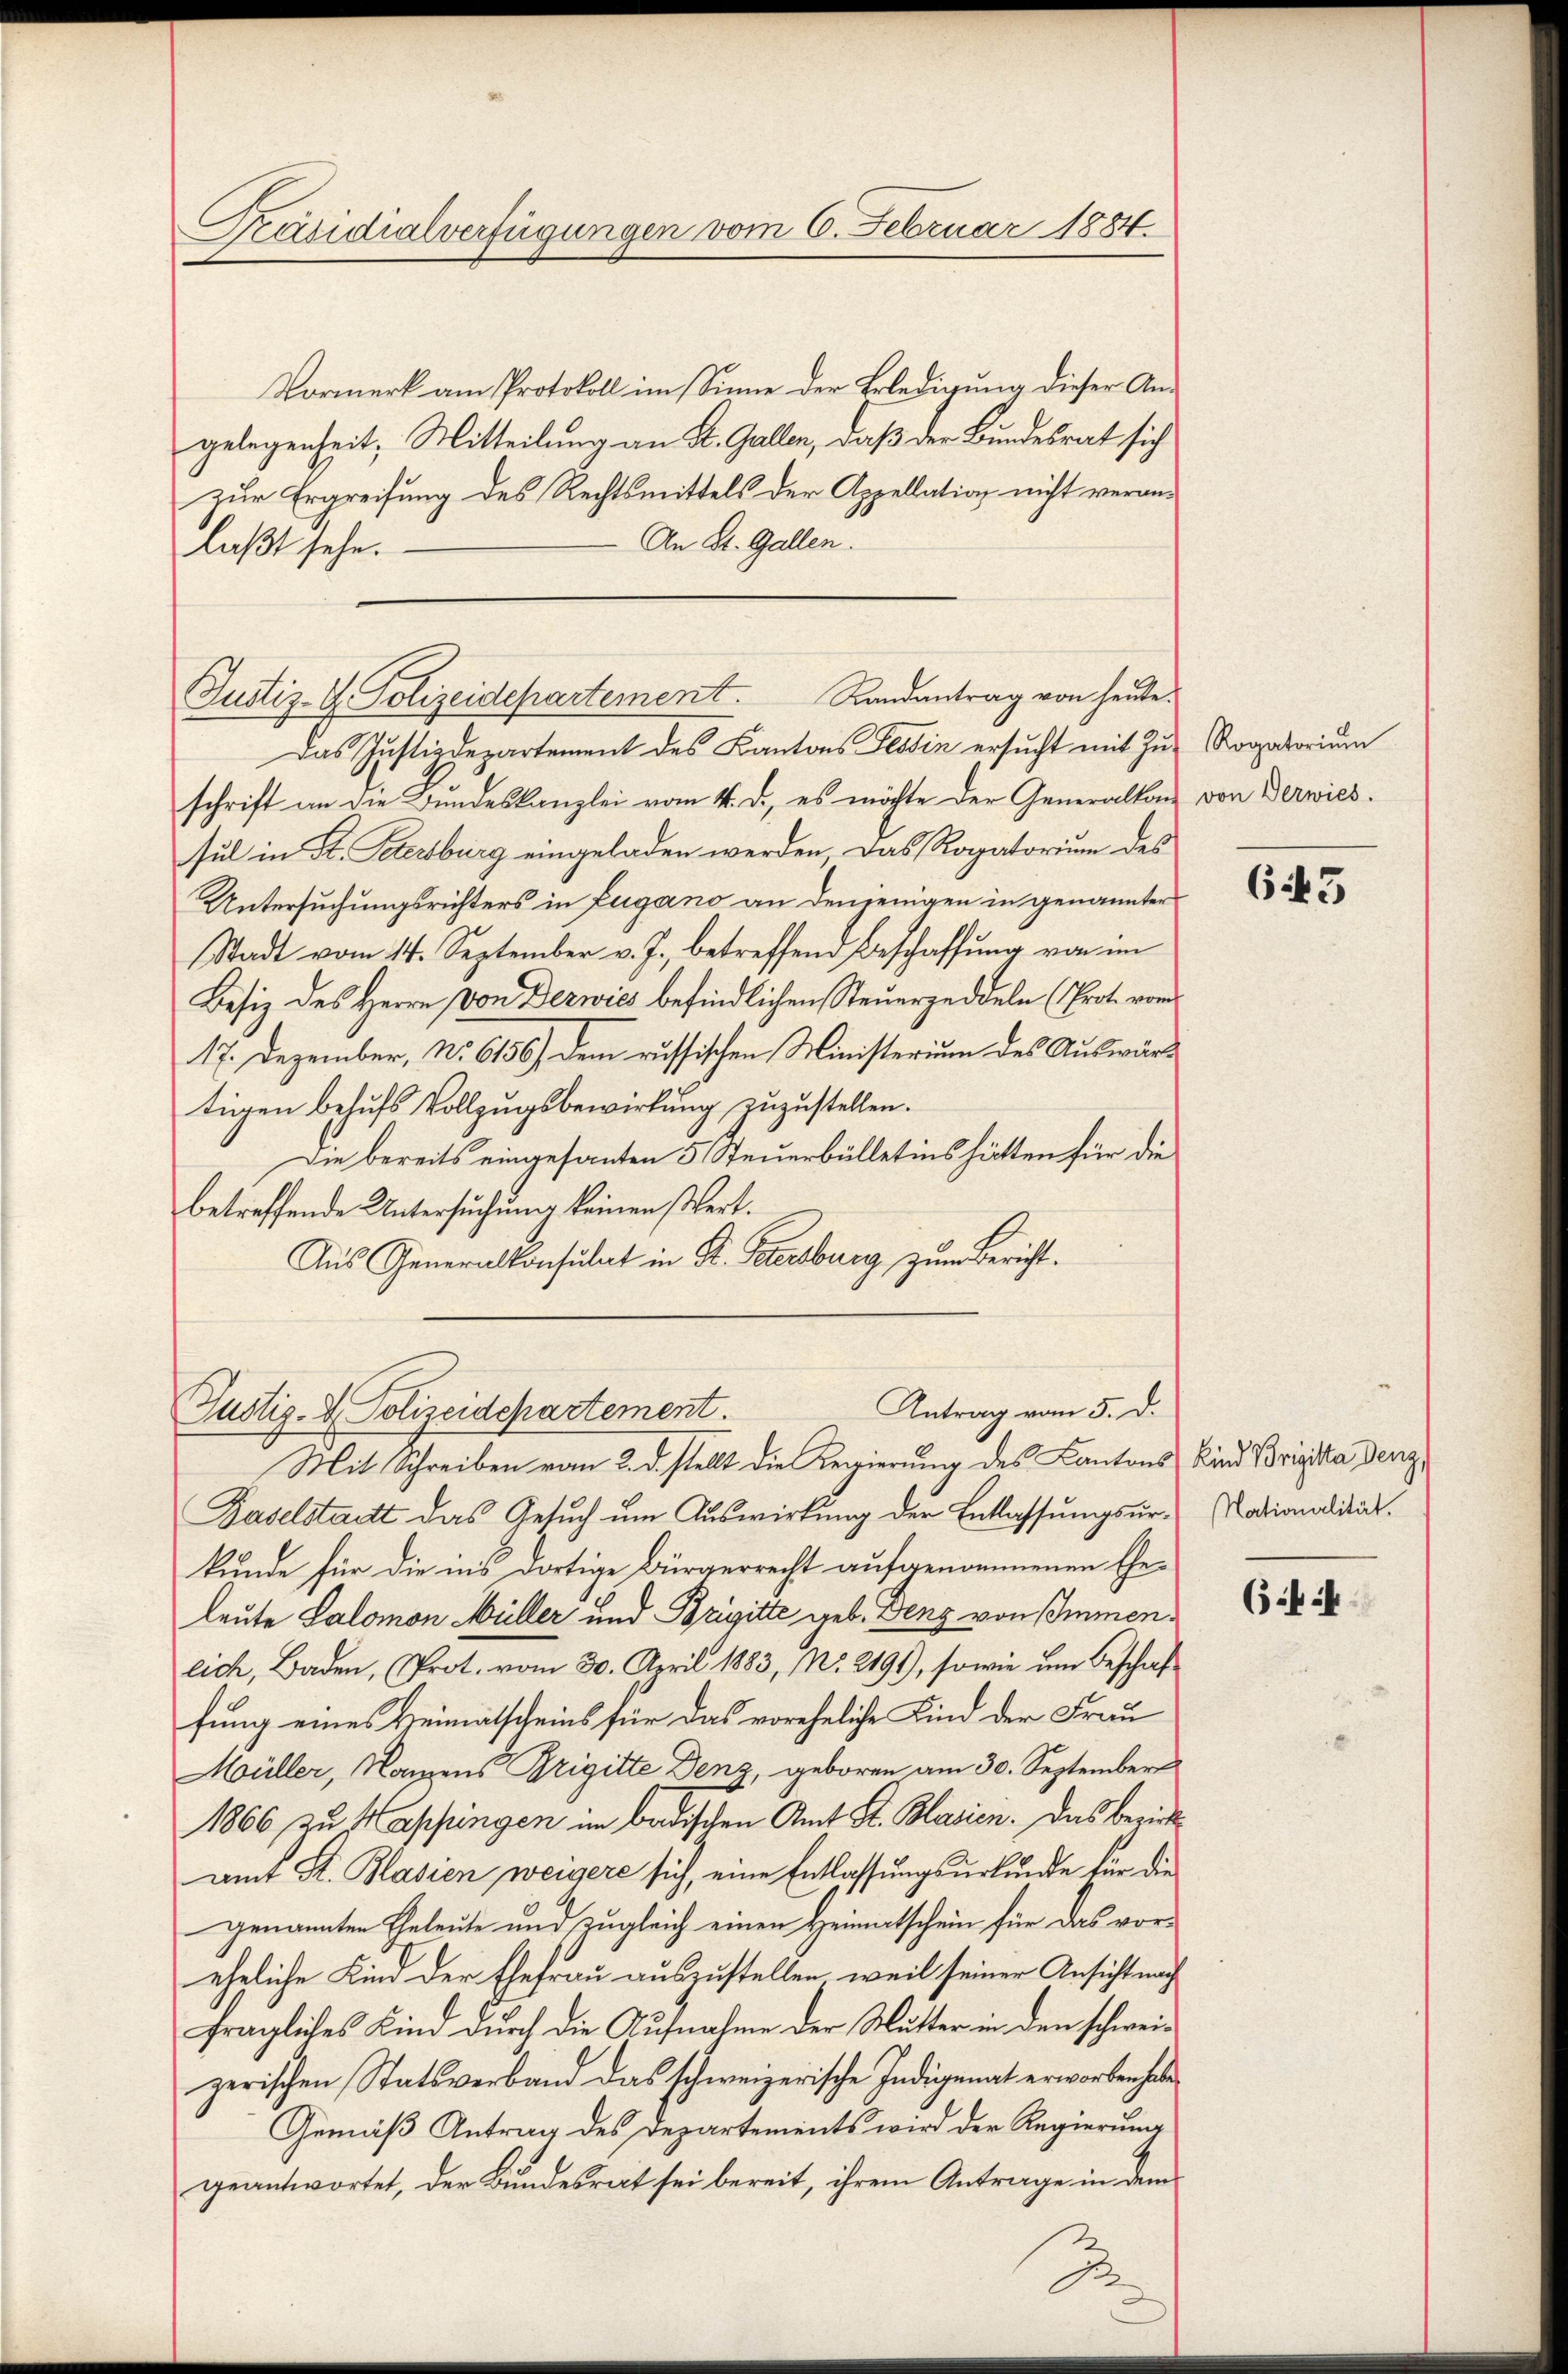
Präsidialverfügungen vom 6. Februar 1884.

Vormerk am Protokoll im Sinne der Erledigung dieser Angelegenheit, Mitteilung an St. Gallen, daß der Bundesrat sich
zur Ergreifung des Rechtsmittels der Appellation nicht veran¬
An St. Gallen.
laβt sehe.

Justiz- & Polizeidepartement. Randantrag von heute.

Das Justizdepartement des Kantons Tessin ersucht mit Zuschrift an die Bundeskanzlei vom 4. d. es möchte der Generalkom
sul in St. Petersburg eingeladen werden. Das Rogatorium des
Untersuchungsrichters in Zugano an denjenigen in genannter
Stadt vom 14. September v. J., betreffend Beschaffung von im
Besiz des Herrn von Derwies befindlichen Steuerzeddeln (Prot. vom
17. Dezember, No. 6156) dem russischen Ministerium des Auswärtigen behufs Vollzugsbewirkung zuzustellen.
Die bereits eingesanten 5 Steuerbülletins hätten für die
betreffende Untersuchung keinen Wert.
Aus Generalkonsulat in St. Pacesburg zum Bericht.
Mit Schreiben vom 2. d. stellt die Regierung des Kantons Kind Brigika den¬
Baselstatt das Gesuch um Auswirkung der Entlassungsur-Nationalität
kunde für die in’s dortige Bürgerrecht aufgenommenen Eheleute Salomon Müller und Brigitte geb. Deng von Immenlich, Baden, Prot. vom 30. April 1883, No. 2191), sowie um Beschaffung eines Heimatscheins für das voreheliche Kind der Frau
Müller, Namens Brigitte Denz, geboren am 30. September
1866 zu Mappingen im badischen Amt St. Blasien. Das Bezirksamt St. Blasien weigere sich, eine Entlassungsurkunde für die
genannten Eheleute und zugleich einen Heimatschein für das voreheliche Kind der Ehefrau auszustellen, weil seiner Ansicht nach
fragliches Kind durch die Aufnahme der Mutter in den schweizerischen Statsverband das schweizerische Indigenat erworben habe,
Gemäß Antrag des Departements wird der Regierung
geantwortet, der Bundesrat sei bereit, ihrem Antrage in dem

Antrag vom 5. d.
Justiz- & Polizeidepartement.

2
.

Rogatorium
von Verwies.

6445

(44